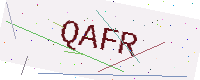
Text: QAFR